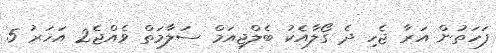
ފަހަތުން އަރާ ޖެހި ދެ ގޯލާއެކު ބެލްޖިއަމް ސަލާމަތް ވެއްޖެ2 އަހަރު 5